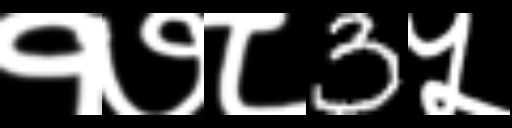
Text: १७८3५